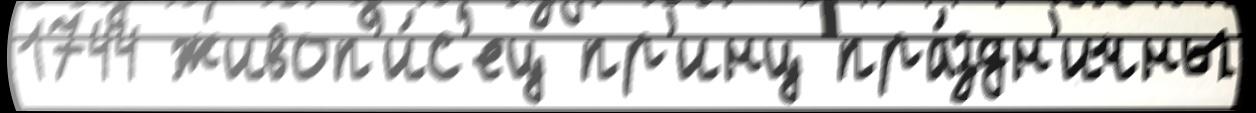
1744 живоп'и́с'ец пр'инц пра́здн'ичны